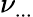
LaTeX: \nu_{...}